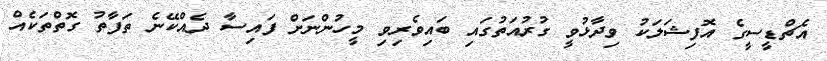
އެޗްޑީސީގެ އޮފިޝަލަކު ވިދާޅުވީ ގުރުއަތުގައި ބައިވެރިވި މީހުންނަށް ފައިސާ ދެއްކޭނެ ތަފާތު ގޮތްތަކެއް